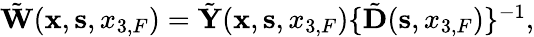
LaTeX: \begin{array}{r}{\tilde{\mathbf W}({{\mathbf x}},{{\mathbf s}},{x_{3,F}})=\tilde{\mathbf Y}({{\mathbf x}},{{\mathbf s}},{x_{3,F}})\{ \tilde{\mathbf D}({\mathbf s},x_{3,F})\} ^{-1},}\end{array}